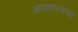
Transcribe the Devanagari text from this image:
सायकलस्वारांनी